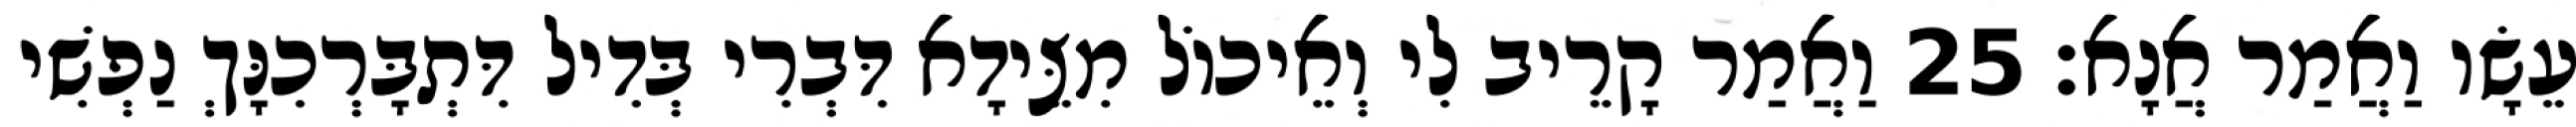
עֵשָׂו וַאֲמַר אֲנָא׃ 25 וַאֲמַר קָרֵיב לִי וְאֵיכוֹל מִצֵּידָא דִּבְרִי בְּדִיל דִּתְבָּרְכִנָּךְ נַפְשִׁי